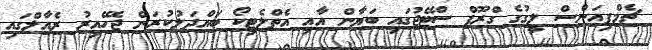
ޗެމްޕިއަންސް ލީގުގެ ގްރޫޕް ސްޓޭޖުގައި ބަޔާން އާއި އެތްލެޓިކޯ ބައްދަލުކުރަން ޖެހޭއިރު ރެއާލްގައި